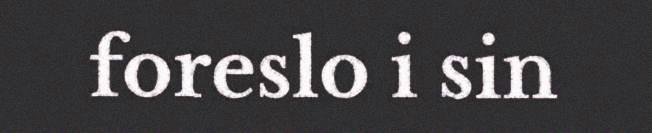
foreslo i sin